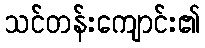
သင်တန်းကျောင်း၏